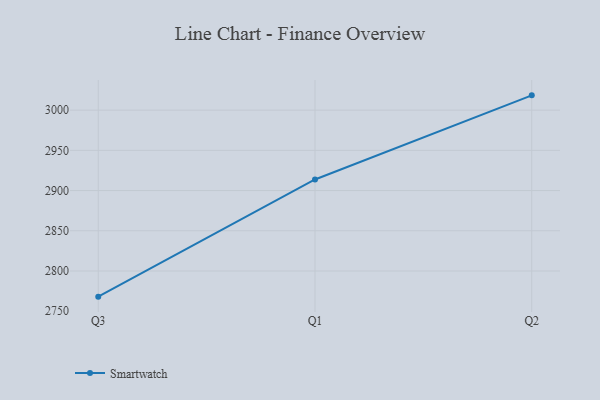
{"axis": {"x": "Quarter", "y": "Satisfaction Score"}, "legend": ["Smartwatch"], "data": [{"x": "Q3", "y": 2768.1, "type": "Smartwatch"}, {"x": "Q1", "y": 2913.8, "type": "Smartwatch"}, {"x": "Q2", "y": 3018.4, "type": "Smartwatch"}]}